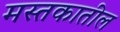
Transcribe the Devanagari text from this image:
मस्तकातील